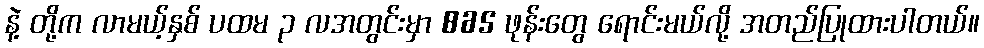
နဲ့ တို့က လာမယ့်နှစ် ပထမ ၃ လအတွင်းမှာ 865 ဖုန်းတွေ ရောင်းမယ်လို့ အတည်ပြုထားပါတယ်။